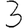
Digit: 3